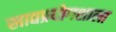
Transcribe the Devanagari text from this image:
खाद्यप्रयोगशाला